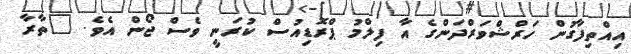
އިއްތިފާގުން ހަރްޝްވަރްދަންގެ އާ ފިލްމު ޕްރޮޑިއުސް ކުރަނީ ވެސް ޖޯން އެވެ. "ތާރާ